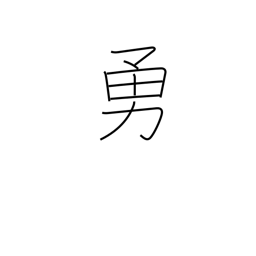
Meaning: be in high spirits